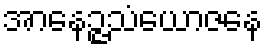
အာနေဉ္ဇသံယောဇနေ